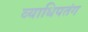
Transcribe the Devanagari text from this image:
व्याधिपतंग